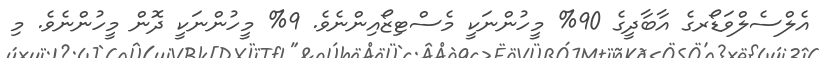
އެލްސެލްވަޑޯރގެ އާބާދީގެ 90% މީހުންނަކީ މެސްޓިޒޯއިންނެވެ. 9% މީހުންނަކީ ދޮން މީހުންނެވެ. މި